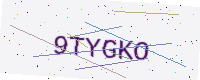
Text: 9TYGKO